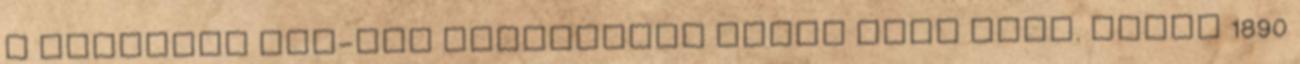
a szerelem más-más jelentését vonja maga után. James 1890